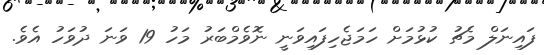
ފައިނަލް މެޗު ކުޅުމަށް ހަމަޖެހިފައިވަނީ ނޮވެމްބަރު މަހު 19 ވަނަ ދުވަހު އެވެ.